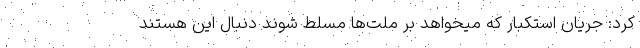
کرد: جریان استکبار که میخواهد بر ملت‌ها مسلط شوند دنبال این هستند